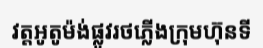
វត្តអូតូម៉ង់ផ្លូវរថភ្លើងក្រុមហ៊ុនទី